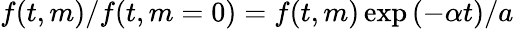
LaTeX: f(t,m)/f(t,m=0)=f(t,m)\exp{(-\alpha t)}/a